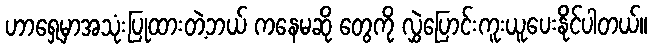
ဟာရှေ့မှာအသုံးပြုထားတဲ့ဘယ် ကနေမဆို တွေကို လွှဲပြောင်းကူးယူပေးနိုင်ပါတယ်။